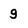
Character: g